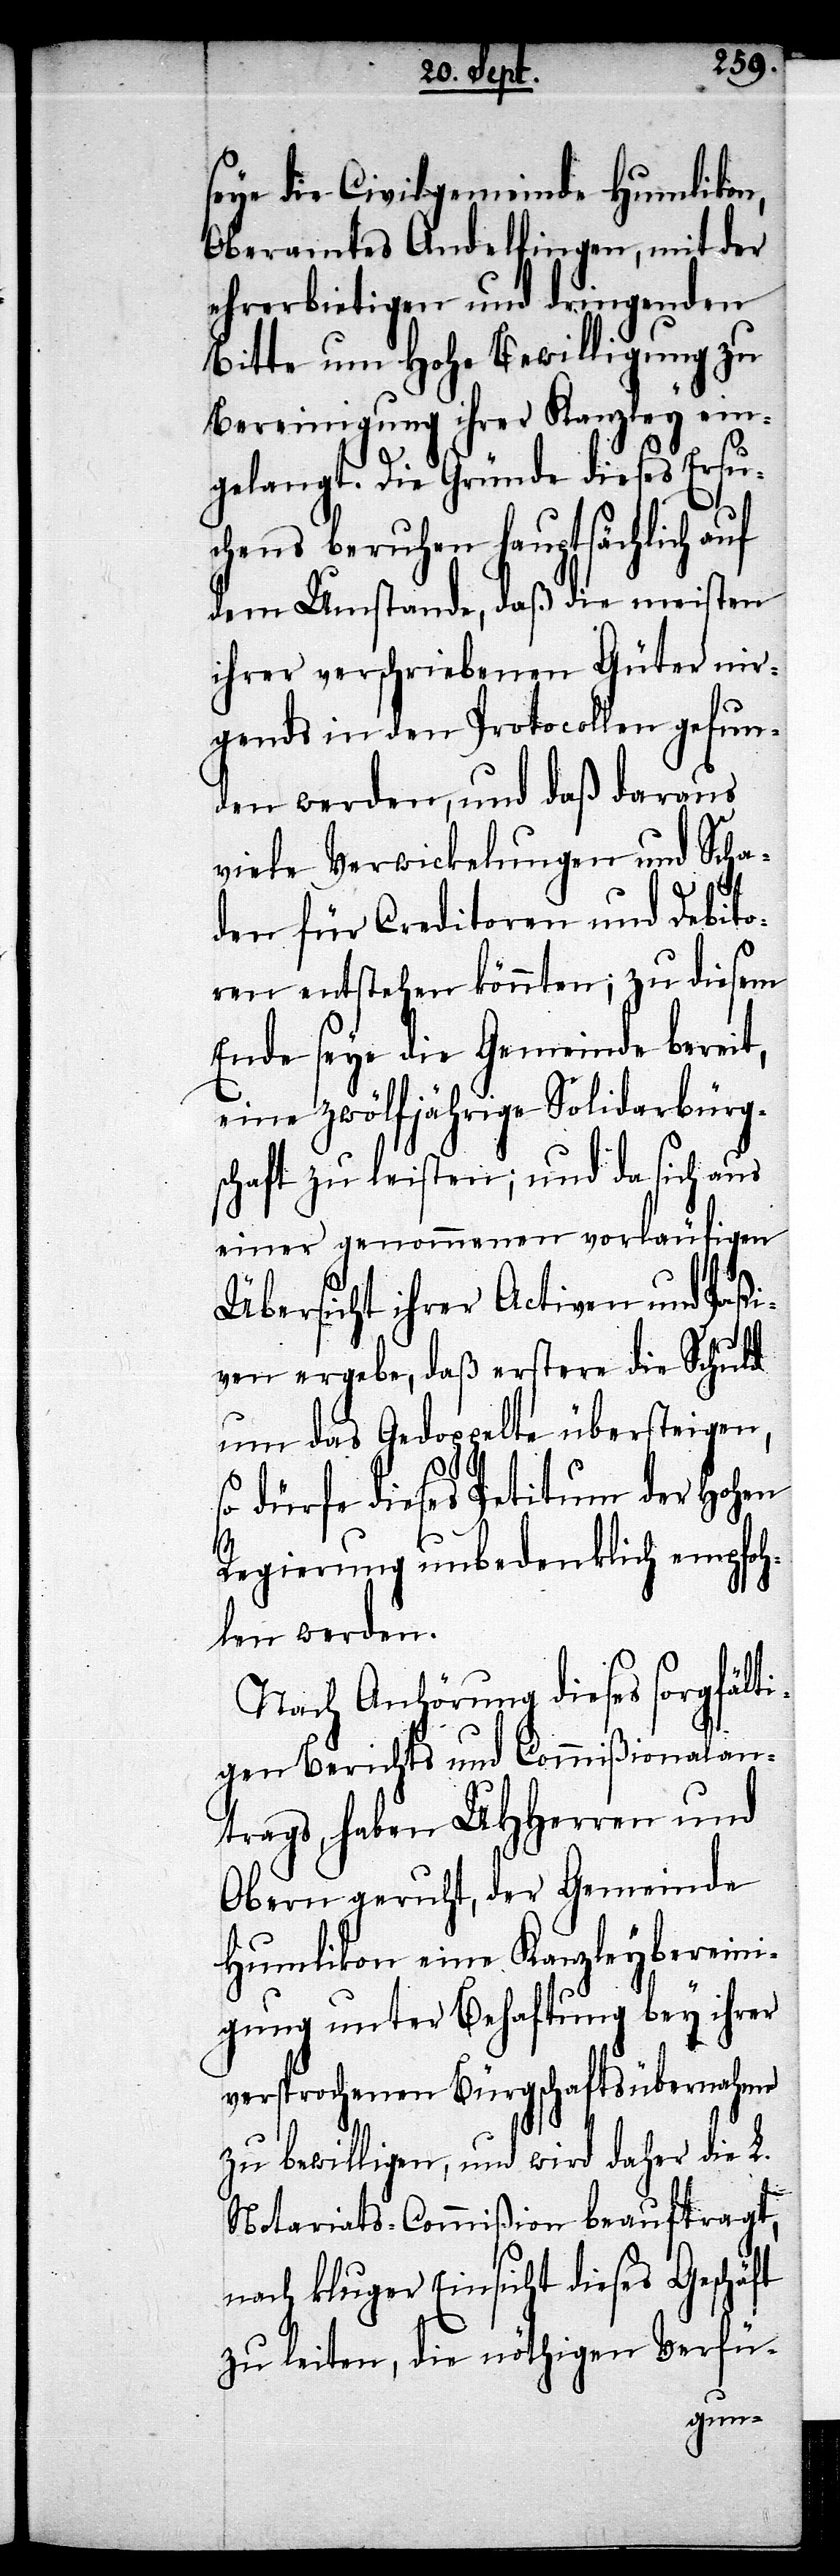
seye die Civilgemeinde Humlikon,
Oberamtes Andelfingen, mit der
ehrerbietigen und dringenden
Bitte um hohe Bewilligung zu
Bereinigung ihrer Kanzley ein¬
gelangt. Die Gründe dieses Ersu¬
chens beruhen hauptsächlich auf
dem Umstande, daß die meisten
ihrer verschriebenen Güter nir¬
gends in den Protocollen gefun¬
den werden, und daß daraus
viele Verwicklungen und Scha¬
den für Creditoren und Debito¬
ren entstehen könnten; zu diesem
Ende seye die Gemeinde bereit,
eine zwölfjährige Solidarbürg¬
schaft zu leisten; und da sich aus
einer genommenen vorläufigen
Übersicht ihrer Activen und Paßi¬
ven ergebe, daß erstere die Schuld
um das Gedoppelte übersteigen,
so dürfe dieses Petitum der hohen
Regierung unbedenklich empfoh¬
len werden.
Nach Anhörung dieses sorgfälti¬
gen Berichts und Commißionalan¬
trags, haben UHHerren und
Obern geruht, der Gemeinde
Humlikon eine Kanzleybereini¬
gung unter Behaftung bey ihrer
versprochenen Bürgschaftsübernahme
zu bewilligen, und wird daher die L.
Notariats-Commißion beauftragt,
nach kluger Einsicht dieses Geschäft
zu leiten, die nöthigen Verfü-